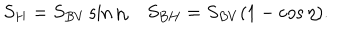
S _ { H } = S _ { B V } \sin \eta , S _ { B H } = S _ { B V } ( 1 - \cos \eta ) .